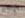
ليلاند